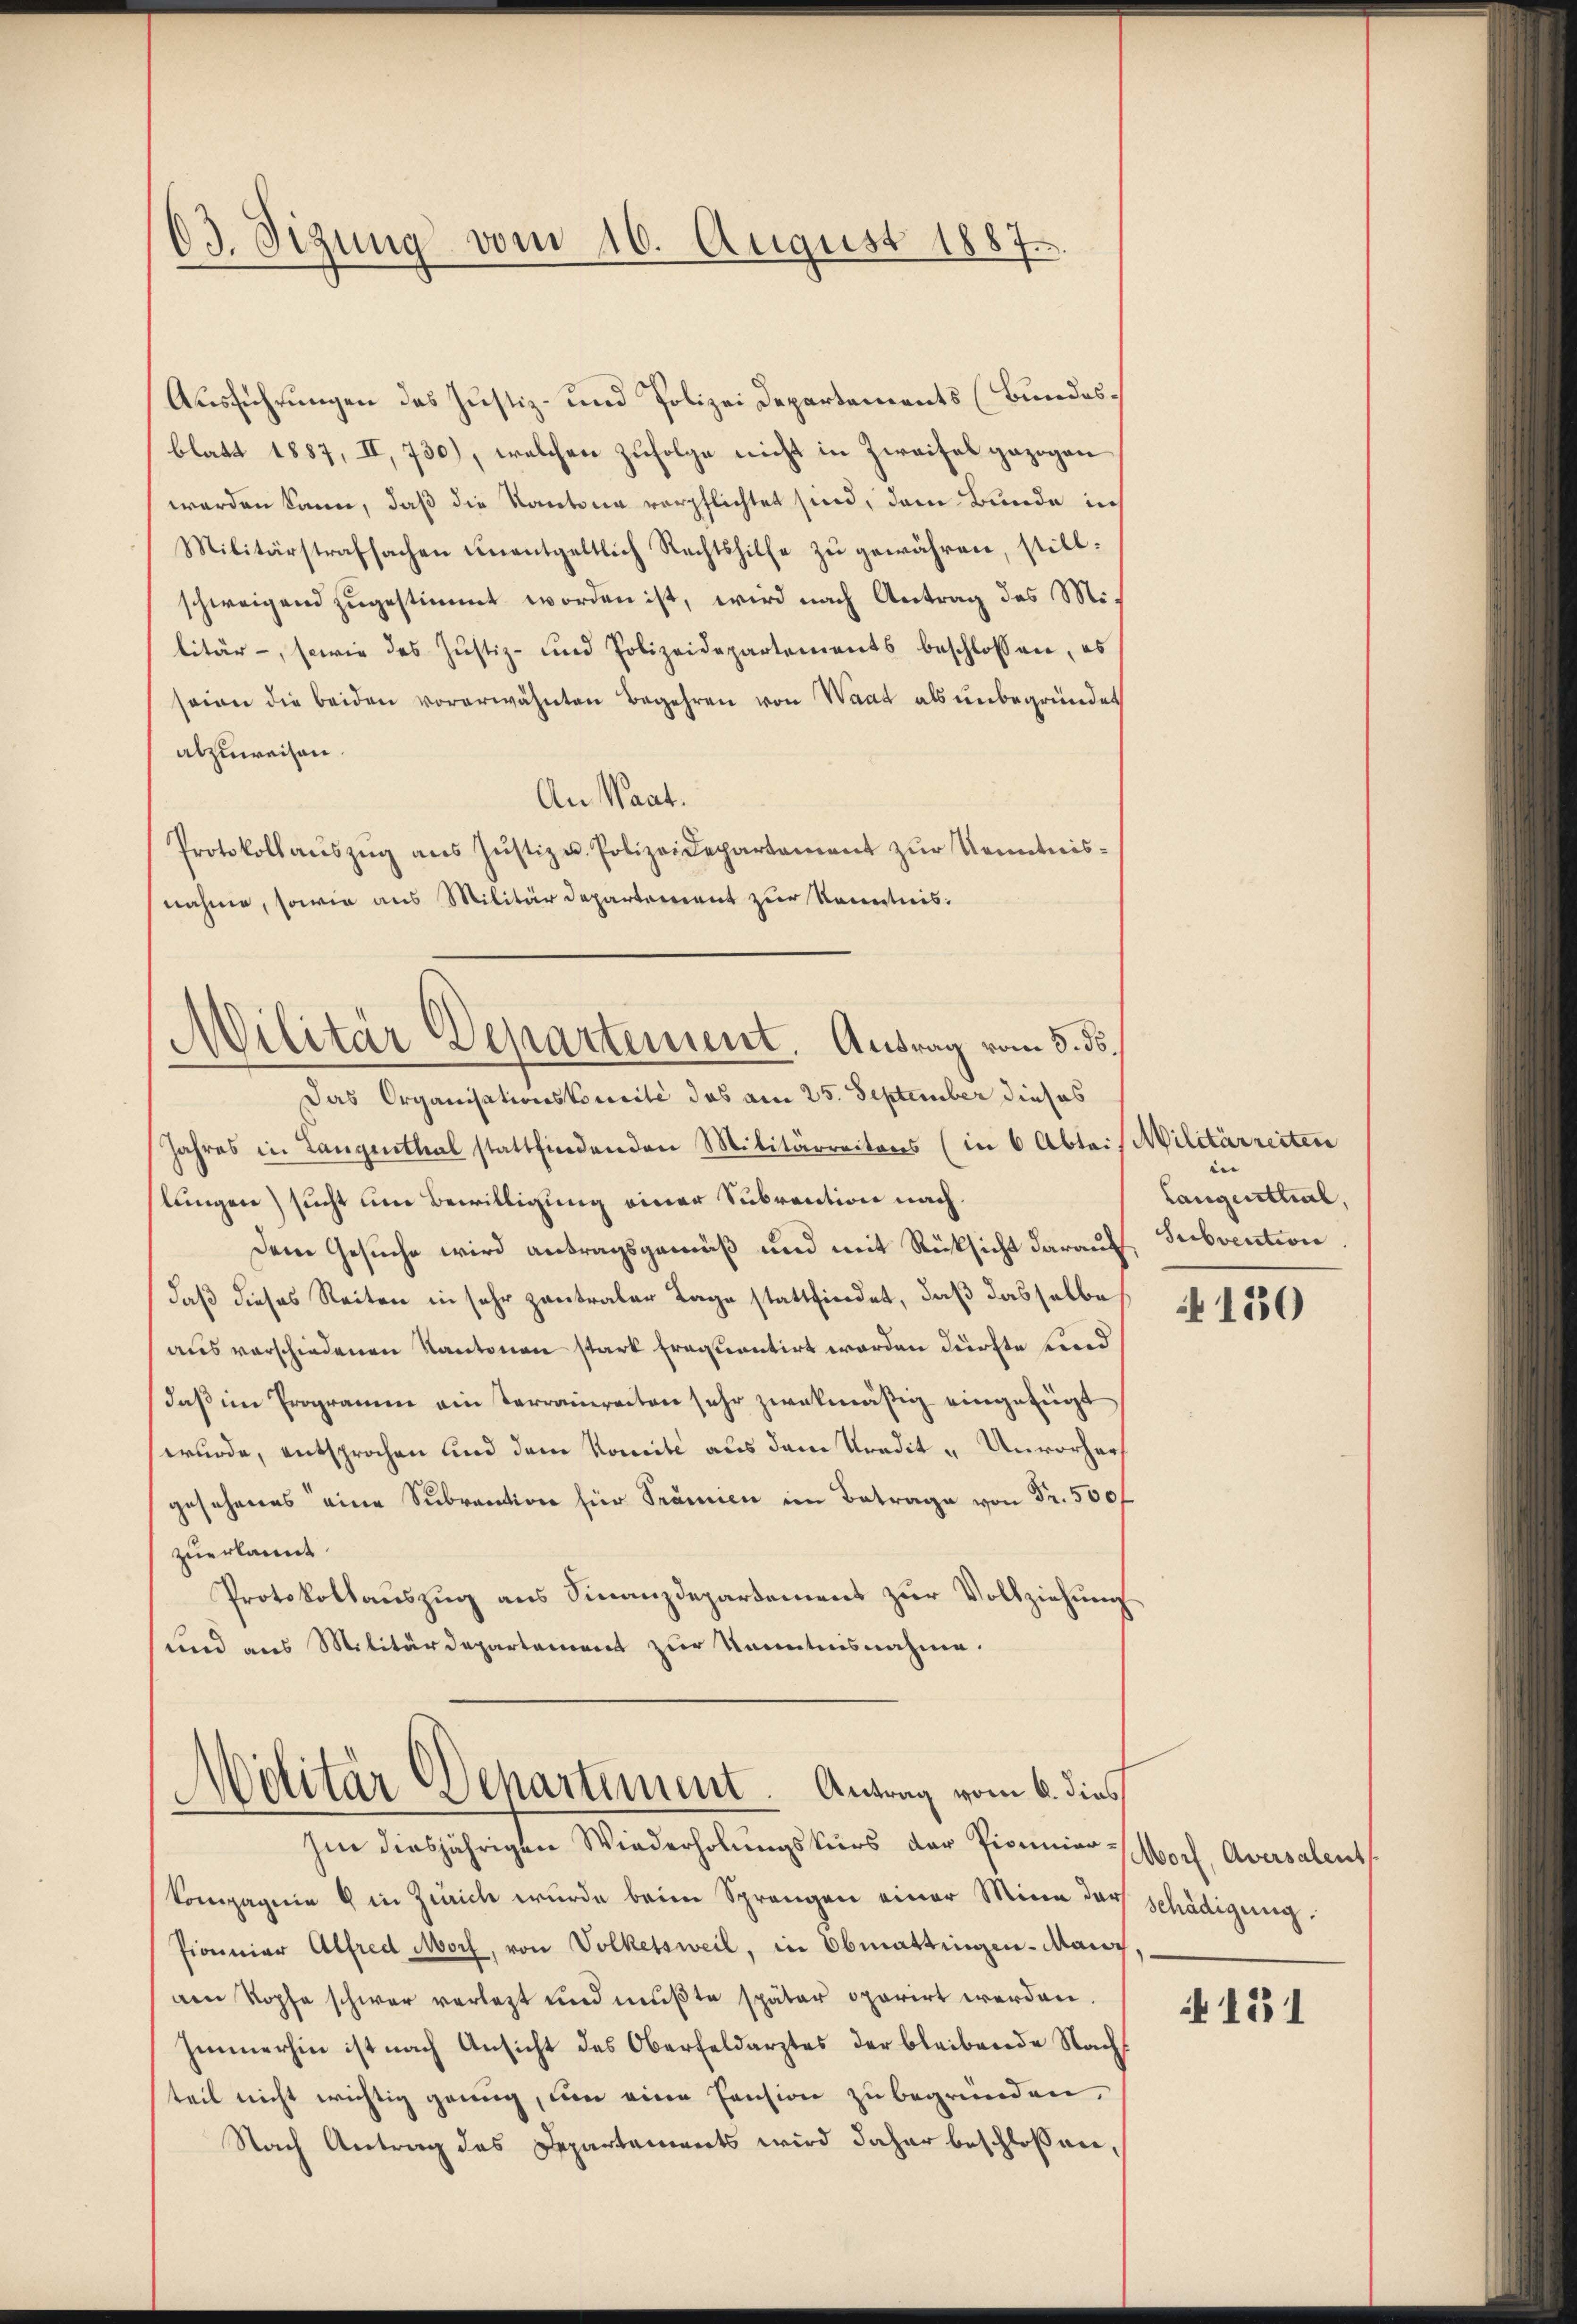
63. Sizung vom 16. August 1887

Ausführungen des Justiz- und Polizei Departements (Bundes.
blatt 1887, II, 730), welchen zufolge nicht in Zweifel gezogen
werden kann, daß die Kantona verpflichtet sind, dem Bunde in
Militärstrafsachen ŭnentgeltlich Rechtshilfe zŭ gewähren, stillschweigend zugestimmt worden ist, wird nach Antrag des Militär-, sowie das Justiz- und Polizeidepartements beschlossen, es
seien die beiden vorerwähnten Begehren von Waat als unbegründet
abzuweisen.
An Waat.
Protokollaŭszŭg aŭs Jŭstiz u. Polizeidepartement zŭr Kenntnis-
nahme, sowie aus Militärdepartement zur Kenntnis:

Militär Departement. Antrag vom 5. ds.

Das Organisationskomite das am 25. September dieses
Jahres in Langenthal stattfindenden Militärreitens (in 6 Abtei (Militärreiten
hlungen) sucht um Bewilligung einer Subvention nach¬
Dem Gesuche wird antragsgemäß und mit Rücksicht darauf Subvention
daß dieses Reiten in sehr zentraler Tage stattfindet, daß dasselbe
aus verschiedenen Kantonen stark frequentirt worden dürfte und
daß im Programm ain Terrairector sehr zwekmäßig eingefügt
wurde, entsprochen und dem Komite aus dem Kredit - Unvorher
gesehenes eine Subraction für Prämien im Betrage von Fr. 500f
zuerkannt
Protokollauszug aus Finanzdepartement zur Vollziehung
und aus Militärdepartement zur Kenntnisnahme.

Molitar Departement. Antrag vom 6. dies

Im diesjährigen Wiederholungskurs der Picunier¬
Kompagnie & in Zürich wurde beim Sprangen einer Mina darf schädigung.
Pionier Alfred Morf, von Volketsweil, in Obmattingen-Maist
am Kopfe schwer verletzt und mußte später oparirt werden.
Immerhin ist nach Ansicht des Oberfeldarztes der bleibende Nach
teil nicht wichtig genug, um eine Pension zu begründen,
Nach Antrag des Departements wird daher beschlossene,

|
Langenthal,

150

Morf, Aversalent

151